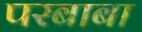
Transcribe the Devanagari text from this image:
परबाबा